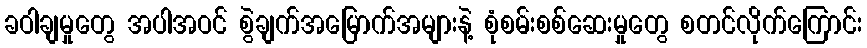
ခဝါချမှုတွေ အပါအဝင် စွဲချက်အမြောက်အများနဲ့ စုံစမ်းစစ်ဆေးမှုတွေ စတင်လိုက်ကြောင်း